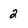
Character: 2